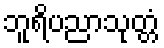
ဘူရိပညာသုတ္တံ